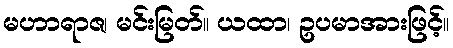
မဟာရာဇ၊ မင်းမြတ်။ ယထာ၊ ဥပမာအားဖြင့်။